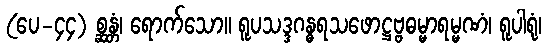
(ပေ-၄၄) စ္ဆန္တံ၊ ရောက်သော။ ရူပသဒ္ဒဂန္ဓရသဖောဋ္ဌဗ္ဗဓမ္မာရမ္မဏံ၊ ရူပါရုံ၊